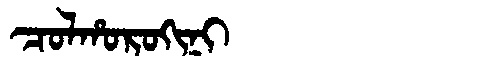
Manchu: ᠴᠣᠯᡥᠣᡵᠣᡴᡳᠨᡳ
Romanization: COLHOROKINI